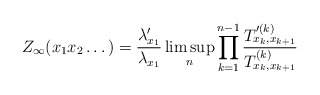
\begin{align*}Z_\infty(x_1x_2\dots)=\frac{\lambda_{x_1}'}{\lambda_{x_1}}\limsup_n\prod_{k=1}^{n-1}\frac{T_{x_k,x_{k+1}}'^{(k)}}{T_{x_k,x_{k+1}}^{(k)}}\end{align*}